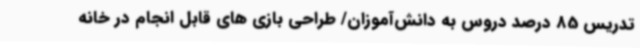
تدریس 85 درصد دروس به دانش‌آموزان/ طراحی بازی های قابل انجام در خانه